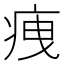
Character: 𤵺